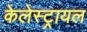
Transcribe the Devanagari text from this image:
केलेस्ट्रायल